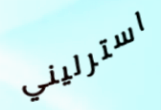
استرليني